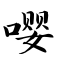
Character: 嘤